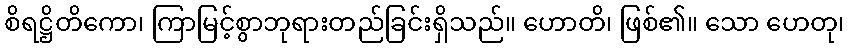
စိရဋ္ဌိတိကော၊ ကြာမြင့်စွာဘုရားတည်ခြင်းရှိသည်။ ဟောတိ၊ ဖြစ်၏။ သော ဟေတု၊